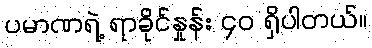
ပမာဏရဲ့ ရာခိုင်နှုန်း ၄၀ ရှိပါတယ်။